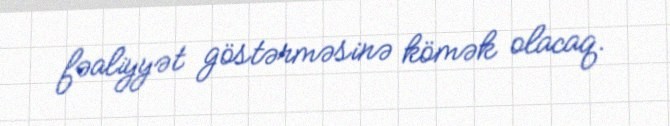
fəaliyyət göstərməsinə kömək olacaq.